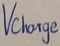
Text: Vcharge